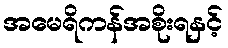
အမေရိကန်အစိုးရနှင့်